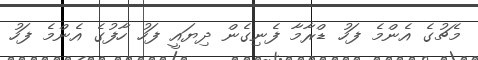
މެޗުގެ އެންމެ ފަހު ޑްރާމާ ފެނިގެން ދިޔައީ ފަހު ހާފުގެ އެންމެ ފަހު